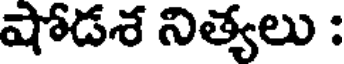
షోడశ నిత్యలు :